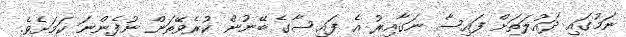
ނަމުގައި ދައުލަތަށް ފައިސާ ނަގާއިރު އެ ފައިސާގެ ބޭނުން ކުރެވޭތަން ނުފެންނަ ކަމަށެވެ.